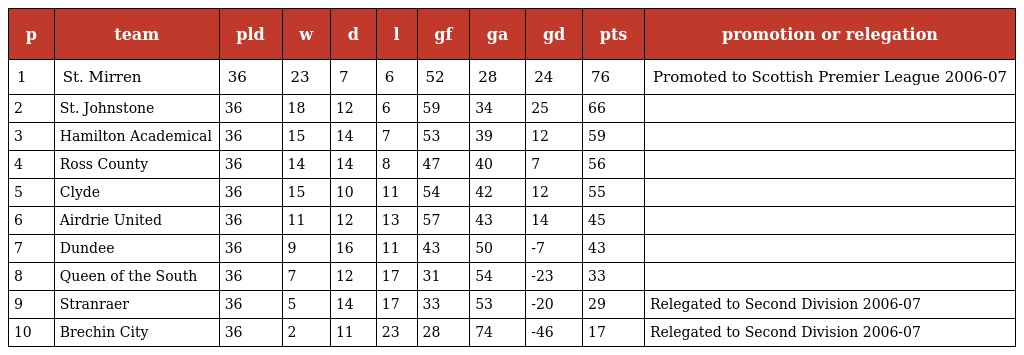
| p | team | pld | w | d | l | gf | ga | gd | pts | promotion or relegation |
 | --- | --- | --- | --- | --- | --- | --- | --- | --- | --- | --- |
 | 1 | St. Mirren | 36 | 23 | 7 | 6 | 52 | 28 | 24 | 76 | Promoted to Scottish Premier League 2006-07 |
 | 2 | St. Johnstone | 36 | 18 | 12 | 6 | 59 | 34 | 25 | 66 |  |
 | 3 | Hamilton Academical | 36 | 15 | 14 | 7 | 53 | 39 | 12 | 59 |  |
 | 4 | Ross County | 36 | 14 | 14 | 8 | 47 | 40 | 7 | 56 |  |
 | 5 | Clyde | 36 | 15 | 10 | 11 | 54 | 42 | 12 | 55 |  |
 | 6 | Airdrie United | 36 | 11 | 12 | 13 | 57 | 43 | 14 | 45 |  |
 | 7 | Dundee | 36 | 9 | 16 | 11 | 43 | 50 | -7 | 43 |  |
 | 8 | Queen of the South | 36 | 7 | 12 | 17 | 31 | 54 | -23 | 33 |  |
 | 9 | Stranraer | 36 | 5 | 14 | 17 | 33 | 53 | -20 | 29 | Relegated to Second Division 2006-07 |
 | 10 | Brechin City | 36 | 2 | 11 | 23 | 28 | 74 | -46 | 17 | Relegated to Second Division 2006-07 |